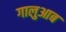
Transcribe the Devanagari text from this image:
गालुआब